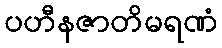
ပဟီနဇာတိမရဏံ